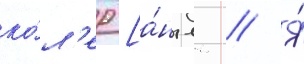
ко́л'ер [а́нгл. // Я́